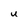
Character: U